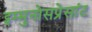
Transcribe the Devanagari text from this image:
इम्मुनोसप्रेसांट